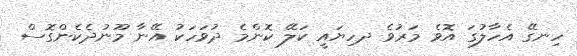
ހިނގޭ އެހާލުގަ އޮވެ މަރުވެ ދހިޔައީ ކަލޭ ކޮންމެ ދުވަހަކު އޭނާ މޫނުދެކެންގޮސް